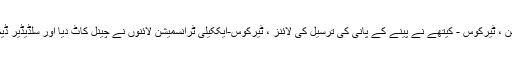
ٹیرکوس لیک فیڈ بیسن ، ٹیرکوس - کیتھے نے پینے کے پانی کی ترسیل کی لائنز ، ٹیرکوس-ایککیلی ٹرانسمیشن لائنوں نے چینل کاٹ دیا اور سلڈیڈیر ڈیم کو غیر فعال کردیا۔